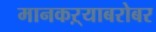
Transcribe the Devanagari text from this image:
मानकऱ्याबरोबर